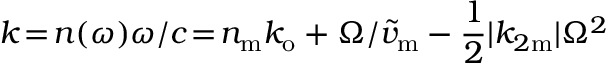
k \! = \! n ( \omega ) \omega / c \! = \! n _ { \mathrm { m } } k _ { \mathrm { o } } + \Omega / \widetilde { v } _ { \mathrm { m } } - \frac { 1 } { 2 } | k _ { 2 \mathrm { m } } | \Omega ^ { 2 }